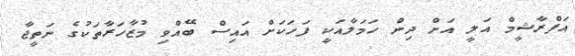
އަފްރާޝީމް އަލީ އަށް ދިން ހަމަލާއަކީ ފަހަކަށް އައިސް ބޭއްވި މުޒާހަރާތަކުގެ ނަތީޖާ